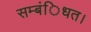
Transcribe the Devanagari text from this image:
सम्बंिधत।